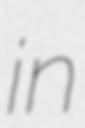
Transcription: in